Calcutta medical institutions reports 1879-81 [i.e.91]
Year: 1879
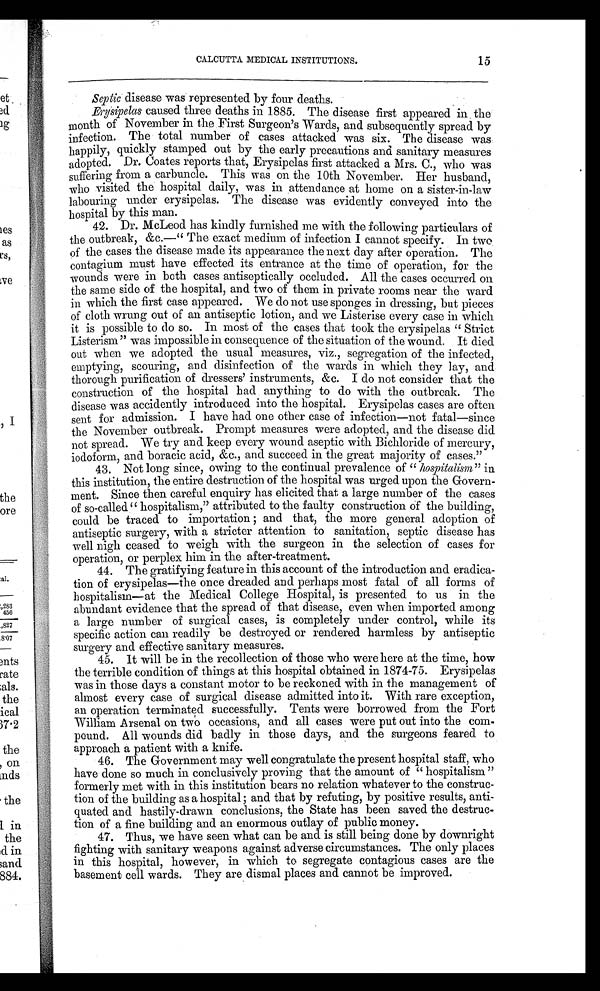
CALCUTTA MEDICAL INSTITUTIONS.
15
Septic disease was represented by four deaths.
Erysipelas caused three deaths in 1885. The disease first appeared in the
month of November in the First Surgeon's Wards, and subsequently spread by
infection. The total number of cases attacked was six. The disease was
happily, quickly stamped out by the early precautions and sanitary measures
adopted. Dr. Coates reports that, Erysipelas first attacked a Mrs. C., who was
suffering from a carbuncle. This was on the 10th November. Her husband,
who visited the hospital daily, was in attendance at home on a sister-in-law
labouring under erysipelas. The disease was evidently conveyed into the
hospital by this man.
42. Dr. McLeod has kindly furnished me with the following particulars of
the outbreak, &c.—"The exact medium of infection I cannot specify. In two
of the cases the disease made its appearance the next day after operation. The
contagium must have effected its entrance at the time of operation, for the
wounds were in both cases antiseptically occluded. All the cases occurred on
the same side of the hospital, and two of them in private rooms near the ward
in which the first case appeared. We do not use sponges in dressing, but pieces
of cloth wrung out of an antiseptic lotion, and we Listerise every case in which
it is possible to do so. In most of the cases that took the erysipelas "Strict
Listerism" was impossible in consequence of the situation of the wound. It died
out when we adopted the usual measures, viz., segregation of the infected,
emptying, scouring, and disinfection of the wards in which they lay, and
thorough purification of dressers' instruments, &c. I do not consider that the
construction of the hospital had anything to do with the outbreak. The
disease was accidently introduced into the hospital. Erysipelas cases are often
sent for admission. I have had one other case of infection—not fatal—since
the November outbreak. Prompt measures were adopted, and the disease did
not spread. We try and keep every wound aseptic with Bichloride of mercury,
iodoform, and boracic acid, &c., and succeed in the great majority of cases."
43. Not long since, owing to the continual prevalence of " hospitalism " in
this institution, the entire destruction of the hospital was urged upon the Gover
n - m e n t . S i n c e t h e n c a r e f u l e n q u i r y h a s e l i c i t e d t h a t a l a r g e n u m b e r o f t h e c a s e s
of so-called "hospitalism," attributed to the faulty construction of the building,
could be traced to importation ; and that, the more general adoption of
antiseptic surgery, with a stricter attention to sanitation, septic disease has
well nigh ceased to weigh with the surgeon in the selection of cases for
operation, or perplex him in the after-treatment.
44. The gratifying feature in this account of the introduction and eradica
- t i o n o f e r y s i p e l a s — t h e o n c e d r e a d e d a n d p e r h a p s m o s t f a t a l o f a l l f o r m s o f
hospitalism—at the Medical College Hospital, is presented to us in the
abundant evidence that the spread of that disease, even when imported among
a large number of surgical cases, is completely under control, while its
specific action can readily be destroyed or rendered harmless by antiseptic
surgery and effective sanitary measures.
45. It will be in the recollection of those who were here at the time, how
the terrible condition of things at this hospital obtained in 1874-75. Erysipelas
was in those days a constant motor to be reckoned with in the management of
almost every case of surgical disease admitted into it. With rare exception,
an operation terminated successfully. Tents were borrowed from the Fort
William Arsenal on two occasions, and all cases were put out into the com-
pound. All wounds did badly in those days, and the surgeons feared to
approach a patient with a knife.
46. The Government may well congratulate the present hospital staff, who
have done so much in conclusively proving that the amount of "hospitalism"
formerly met with in this institution bears no relation whatever to the construc
-tion of the building as a hospital; and that by refuting, by positive results, anti
-quated and hastily-drawn conclusions, the State has been saved the destruc
- t i o n o f a f i n e b u i l d i n g a n d a n e n o r m o u s o u t l a y o f p u b l i c m o n e y .
47. Thus, we have seen what can be and is still being done by downright
fighting with sanitary weapons against adverse circumstances. The only places
in this hospital, however, in which to segregate contagious cases are the
basement cell wards. They are dismal places and cannot be improved.